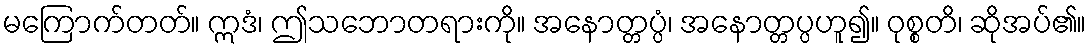
မကြောက်တတ်။ ဣဒံ၊ ဤသဘောတရားကို။ အနောတ္တပ္ပံ၊ အနောတ္တပ္ပဟူ၍။ ဝုစ္စတိ၊ ဆိုအပ်၏။